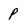
Character: p